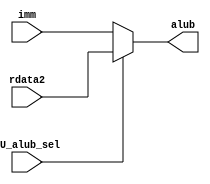
`timescale 1ns / 1ps
//////////////////////////////////////////////////////////////////////////////////
// Module Name: alub_mux
// Description: 
//////////////////////////////////////////////////////////////////////////////////


module alub_mux(
    input wire CU_alub_sel,
    input wire [31:0] rdata2,
    input wire [31:0] imm,

    output wire [31:0] alub

    );

    assign alub = (CU_alub_sel == 1) ? rdata2 : 
                  imm;

endmodule